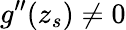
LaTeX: g^{\prime\prime}(z_{s})\neq 0